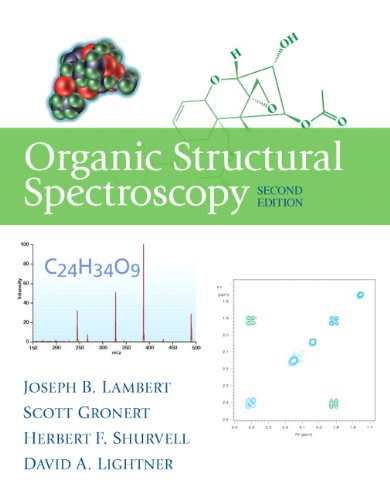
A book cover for Organic Structural Spectroscopy (2nd Edition); Joseph B. Lambert; Science & Math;